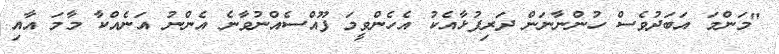
"މަންމަ އަބަދުވެސް ހުންނާނަން ދަރިފުޅާއެކު އެހެންވީމަ ފޫއްސެއްނުވާނެ އެންނު އަނެއްކާ މާމަ އާއި